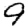
Digit: 9